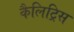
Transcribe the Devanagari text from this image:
कैलिट्रिस